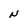
Character: N